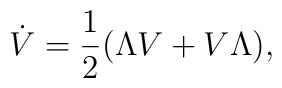
\dot V=\frac{1}{2}(\Lambda V+V \Lambda),